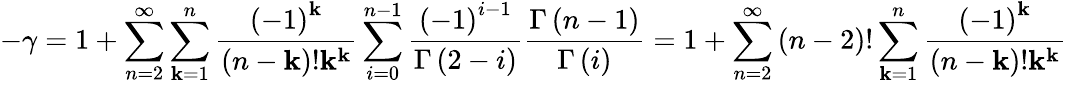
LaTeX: -\gamma=1+\sum_{n=2}^{\infty}\sum_{\mathbf{k}=1}^{n}\frac{{\left(-1\right)^{\mathbf{k}}}}{{\left(n-\mathbf{k}\right)!\mathbf{k}^{\mathbf{k}}}}\sum_{i=0}^{n-1}\frac{{\left(-1\right)^{i-1}}}{{\Gamma\left(2-i\right)}}\frac{{\Gamma\left(n-1\right)}}{{\Gamma\left(i\right)}}=1+\sum_{n=2}^{\infty}\left(n-2\right)!\sum_{\mathbf{k}=1}^{n}\frac{{\left(-1\right)^{\mathbf{k}}}}{{\left(n-\mathbf{k}\right)!\mathbf{k}^{\mathbf{k}}}}